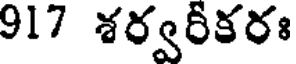
917 శర్వరీకరః